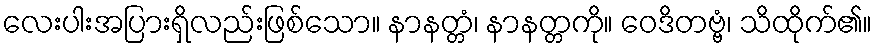
လေးပါးအပြားရှိလည်းဖြစ်သော။ နာနတ္တံ၊ နာနတ္တကို။ ဝေဒိတဗ္ဗံ၊ သိထိုက်၏။